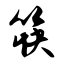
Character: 筷